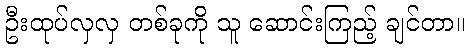
ဦးထုပ်လှလှ တစ်ခုကို သူ ဆောင်းကြည့် ချင်တာ။